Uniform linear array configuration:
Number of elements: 48
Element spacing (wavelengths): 0.5
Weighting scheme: hamming
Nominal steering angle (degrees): -15
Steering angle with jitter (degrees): -14.267
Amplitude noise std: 0.05
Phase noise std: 0.05

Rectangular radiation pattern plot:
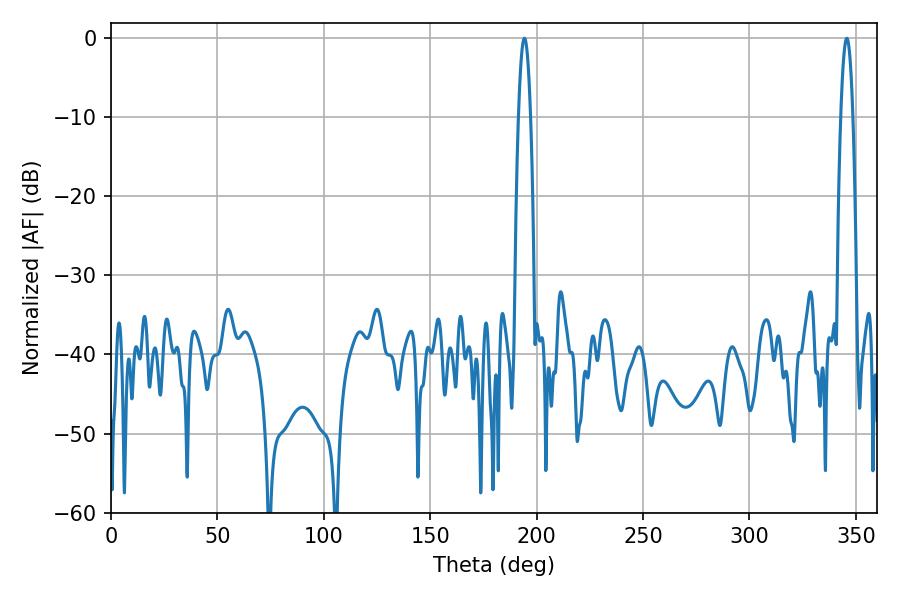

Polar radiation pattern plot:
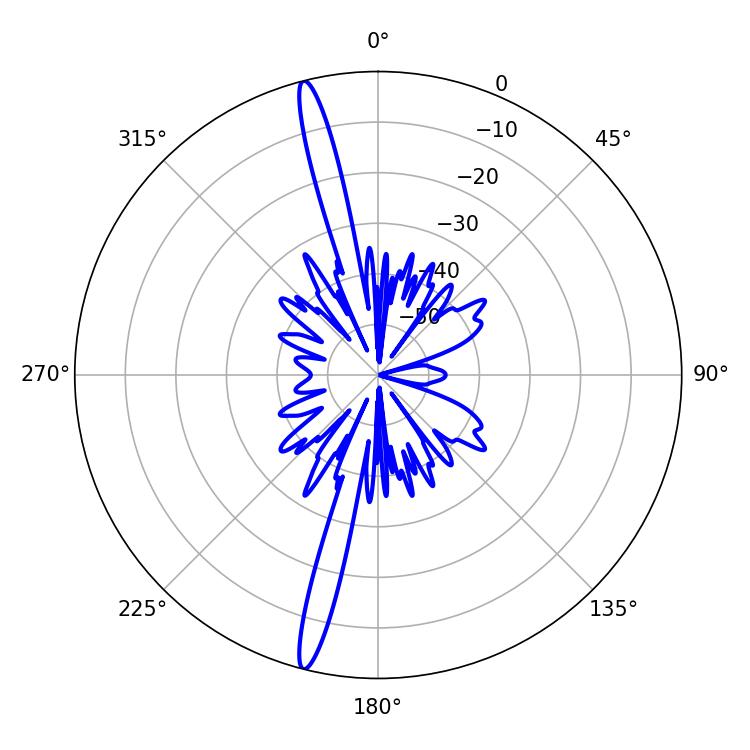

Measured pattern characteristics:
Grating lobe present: FALSE
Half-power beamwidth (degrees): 3.06
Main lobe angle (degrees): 194.22